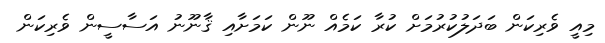
މިއީ ވެރިކަން ބަދަލުކުރުމަށް ކުރާ ކަމެއް ނޫން ކަމަށާއި ޤާނޫނު އަސާސީން ވެރިކަން